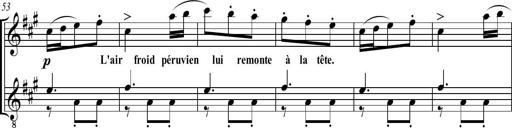
Title: Sonatine bureaucratique
Composer: Erik Satie